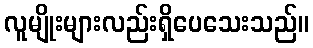
လူမျိုးများလည်းရှိပေသေးသည်။